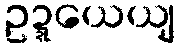
ဥဍ္ဍယေယျ